Problem: 4 × 4 = ?
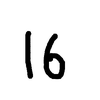
Handwritten answer: 16